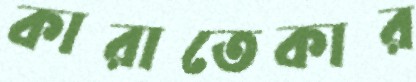
কারাতেকার